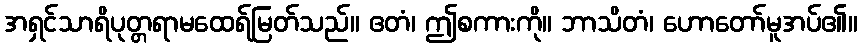
အရှင်သာရိပုတ္တရာမထေရ်မြတ်သည်။ ဧတံ၊ ဤစကားကို။ ဘာသိတံ၊ ဟောတော်မူအပ်၏။